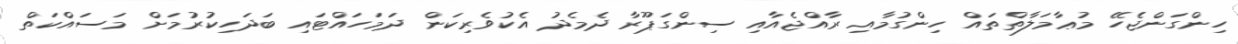
ހިންގަންޖެހޭ މުޢާމަލާތްތައް ހިންގުމާއި ރާއްޖެއާއި ސިންގަޕޫރާ ދެމެދު އެކުވެރިކަން ދަމަހައްޓައި ބަދަހިކުރުމަށް މަސައްކަތް